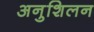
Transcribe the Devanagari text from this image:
अनुशिलन